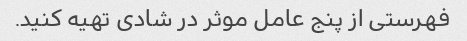
فهرستی از پنج عامل موثر در شادی تهیه کنید.